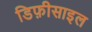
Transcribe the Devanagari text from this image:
डिफ़ीसाइल